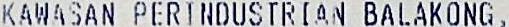
KAWASAN PERINDUSTRIAN BALAKONG,